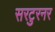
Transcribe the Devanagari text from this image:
सरटुरनर